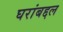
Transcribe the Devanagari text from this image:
घरांबद्दल